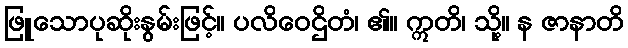
ဖြူသောပုဆိုးနွမ်းဖြင့်။ ပလိဝေဌိတံ၊ ၏။ ဣတိ၊ သို့။ န ဇာနာတိ